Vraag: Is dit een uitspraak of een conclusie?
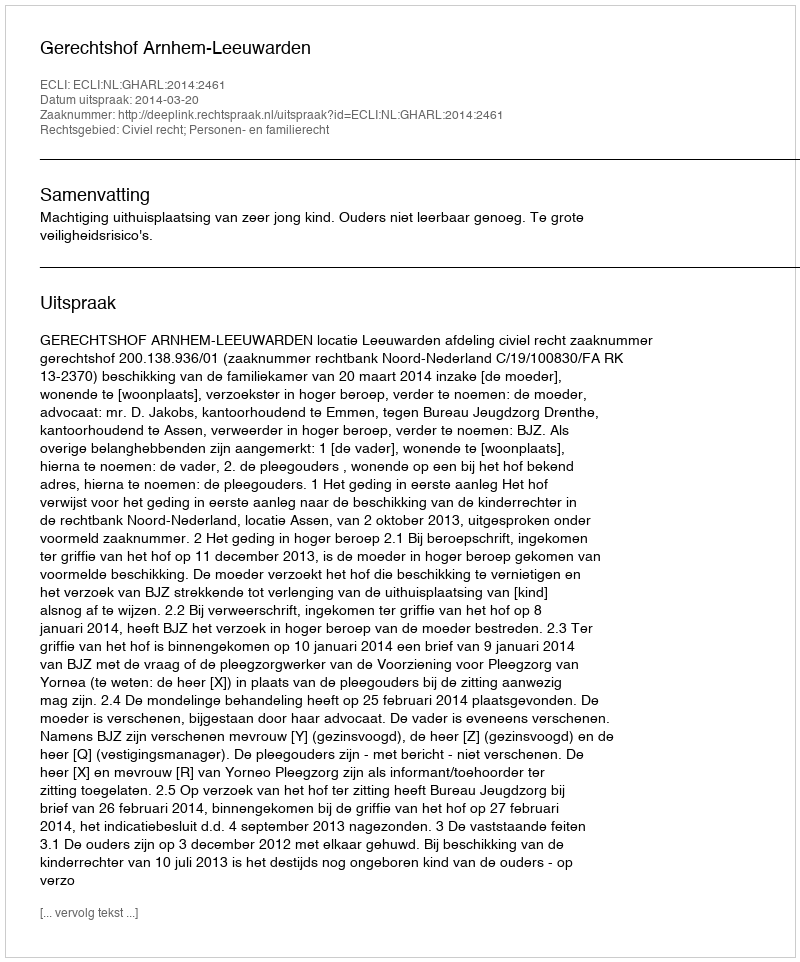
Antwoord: Uitspraak